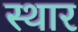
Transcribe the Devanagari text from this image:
स्थार